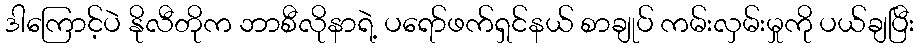
ဒါကြောင့်ပဲ နိုလီတိုက ဘာစီလိုနာရဲ့ ပရော်ဖက်ရှင်နယ် စာချုပ် ကမ်းလှမ်းမှုကို ပယ်ချပြီး